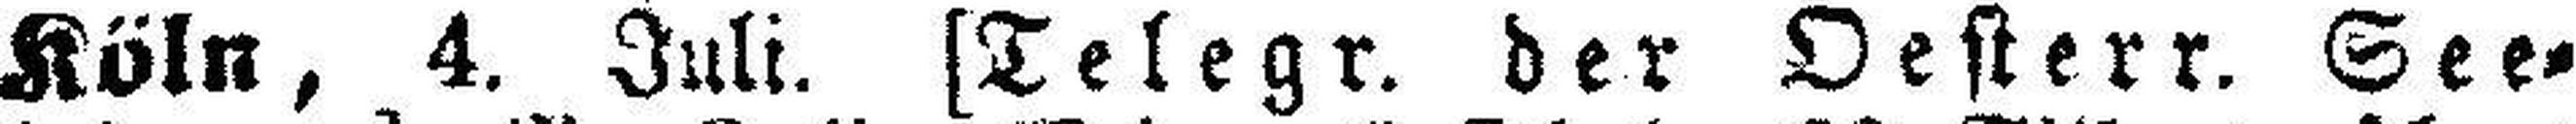
Köln, 4. Juli. [Telegr. der Oesterr. See¬